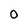
Character: 0